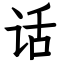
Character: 话